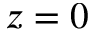
z = 0